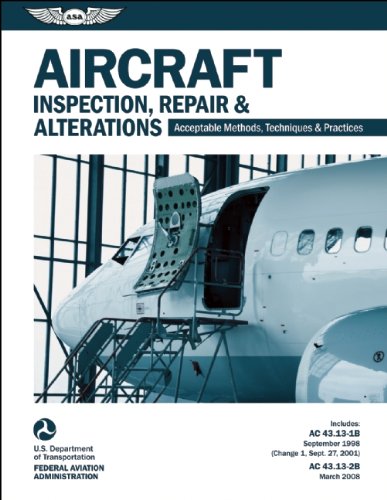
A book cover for Aircraft Inspection, Repair & Alterations: Acceptable Methods, Techniques & Practices (FAA AC 43.13-1B and 43.13-2B) (FAA Handbooks series); Federal Aviation Administration (FAA)/Aviation Supplies & Academics (ASA); Engineering & Transportation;